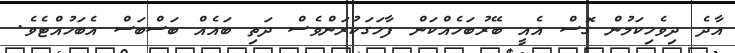
އާދެ ދިވެހިކަމުން ގޮސް އެއީ ބޭރުބަހެއްކަން ފާހަގަކުރަންވެސް ދަތި ބައެއް ބަސްބަސް އެބަހުއްޓެވެ.